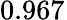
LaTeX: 0.967^{}